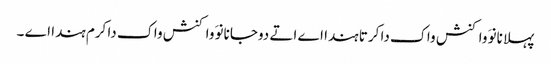
پہلا نانوَ واکنش واک دا کرتا ہندا اے اتے دوجا نانوَ واکنش واک دا کرم ہندا اے ۔